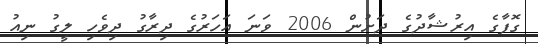
ގޮފާގެ އިރުޝާދުގެ ދަށުން 2006 ވަނަ އަހަރުގެ ދިރާގު ދިވެހި ލީގު ނިއު